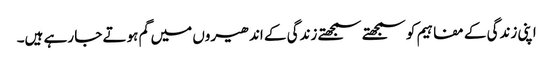
اپنی زندگی کے مفاہیم کو سمجھتے سمجھتے زندگی کے اندھیروں میں گم ہوتے جا رہے ہیں۔